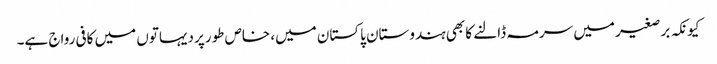
کیونکہ برصغیر میں سرمہ ڈالنے کا بھی ہندوستان پاکستان میں، خاص طورپر دیہاتوں میں کافی رواج ہے۔